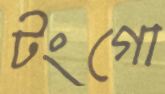
টংগো